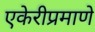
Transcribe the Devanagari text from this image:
एकेरीप्रमाणे